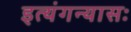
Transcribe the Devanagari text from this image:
इत्यंगन्यासः